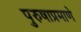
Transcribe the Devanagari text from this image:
पुरुषाप्रमाणे